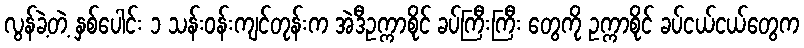
လွန်ခဲ့တဲ့ နှစ်ပေါင်း ၁ သန်းဝန်းကျင်တုန်းက အဲဒီဥက္ကာစိုင် ခပ်ကြီးကြီး တွေကို ဥက္ကာစိုင် ခပ်ငယ်ငယ်တွေက